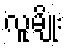
လူမျိုး